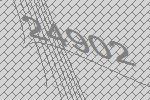
24902